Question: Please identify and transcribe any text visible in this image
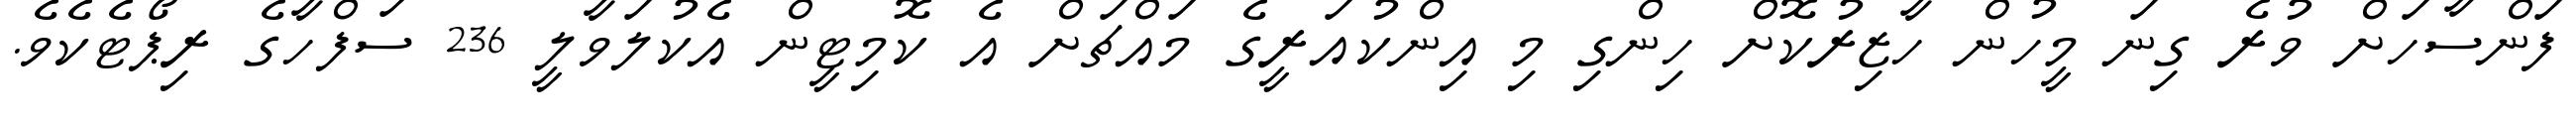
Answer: ފަންސާހަށް ވުރެ ގިނަ މީހުން ހާޒިރުކޮށް ހިންގި މި އިންކުއަރީގެ މައްޗަށް އެ ކޮމިޓީން އެކުލަވާލީ 236 ސަފްހާގެ ރިޕޯޓެކެވެ.